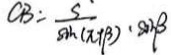
C B = \frac { S } { \sin ( \pi + \beta ) } \cdot \sin \beta